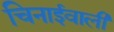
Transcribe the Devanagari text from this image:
चिनाईवाली